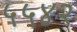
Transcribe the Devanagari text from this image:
५५४२